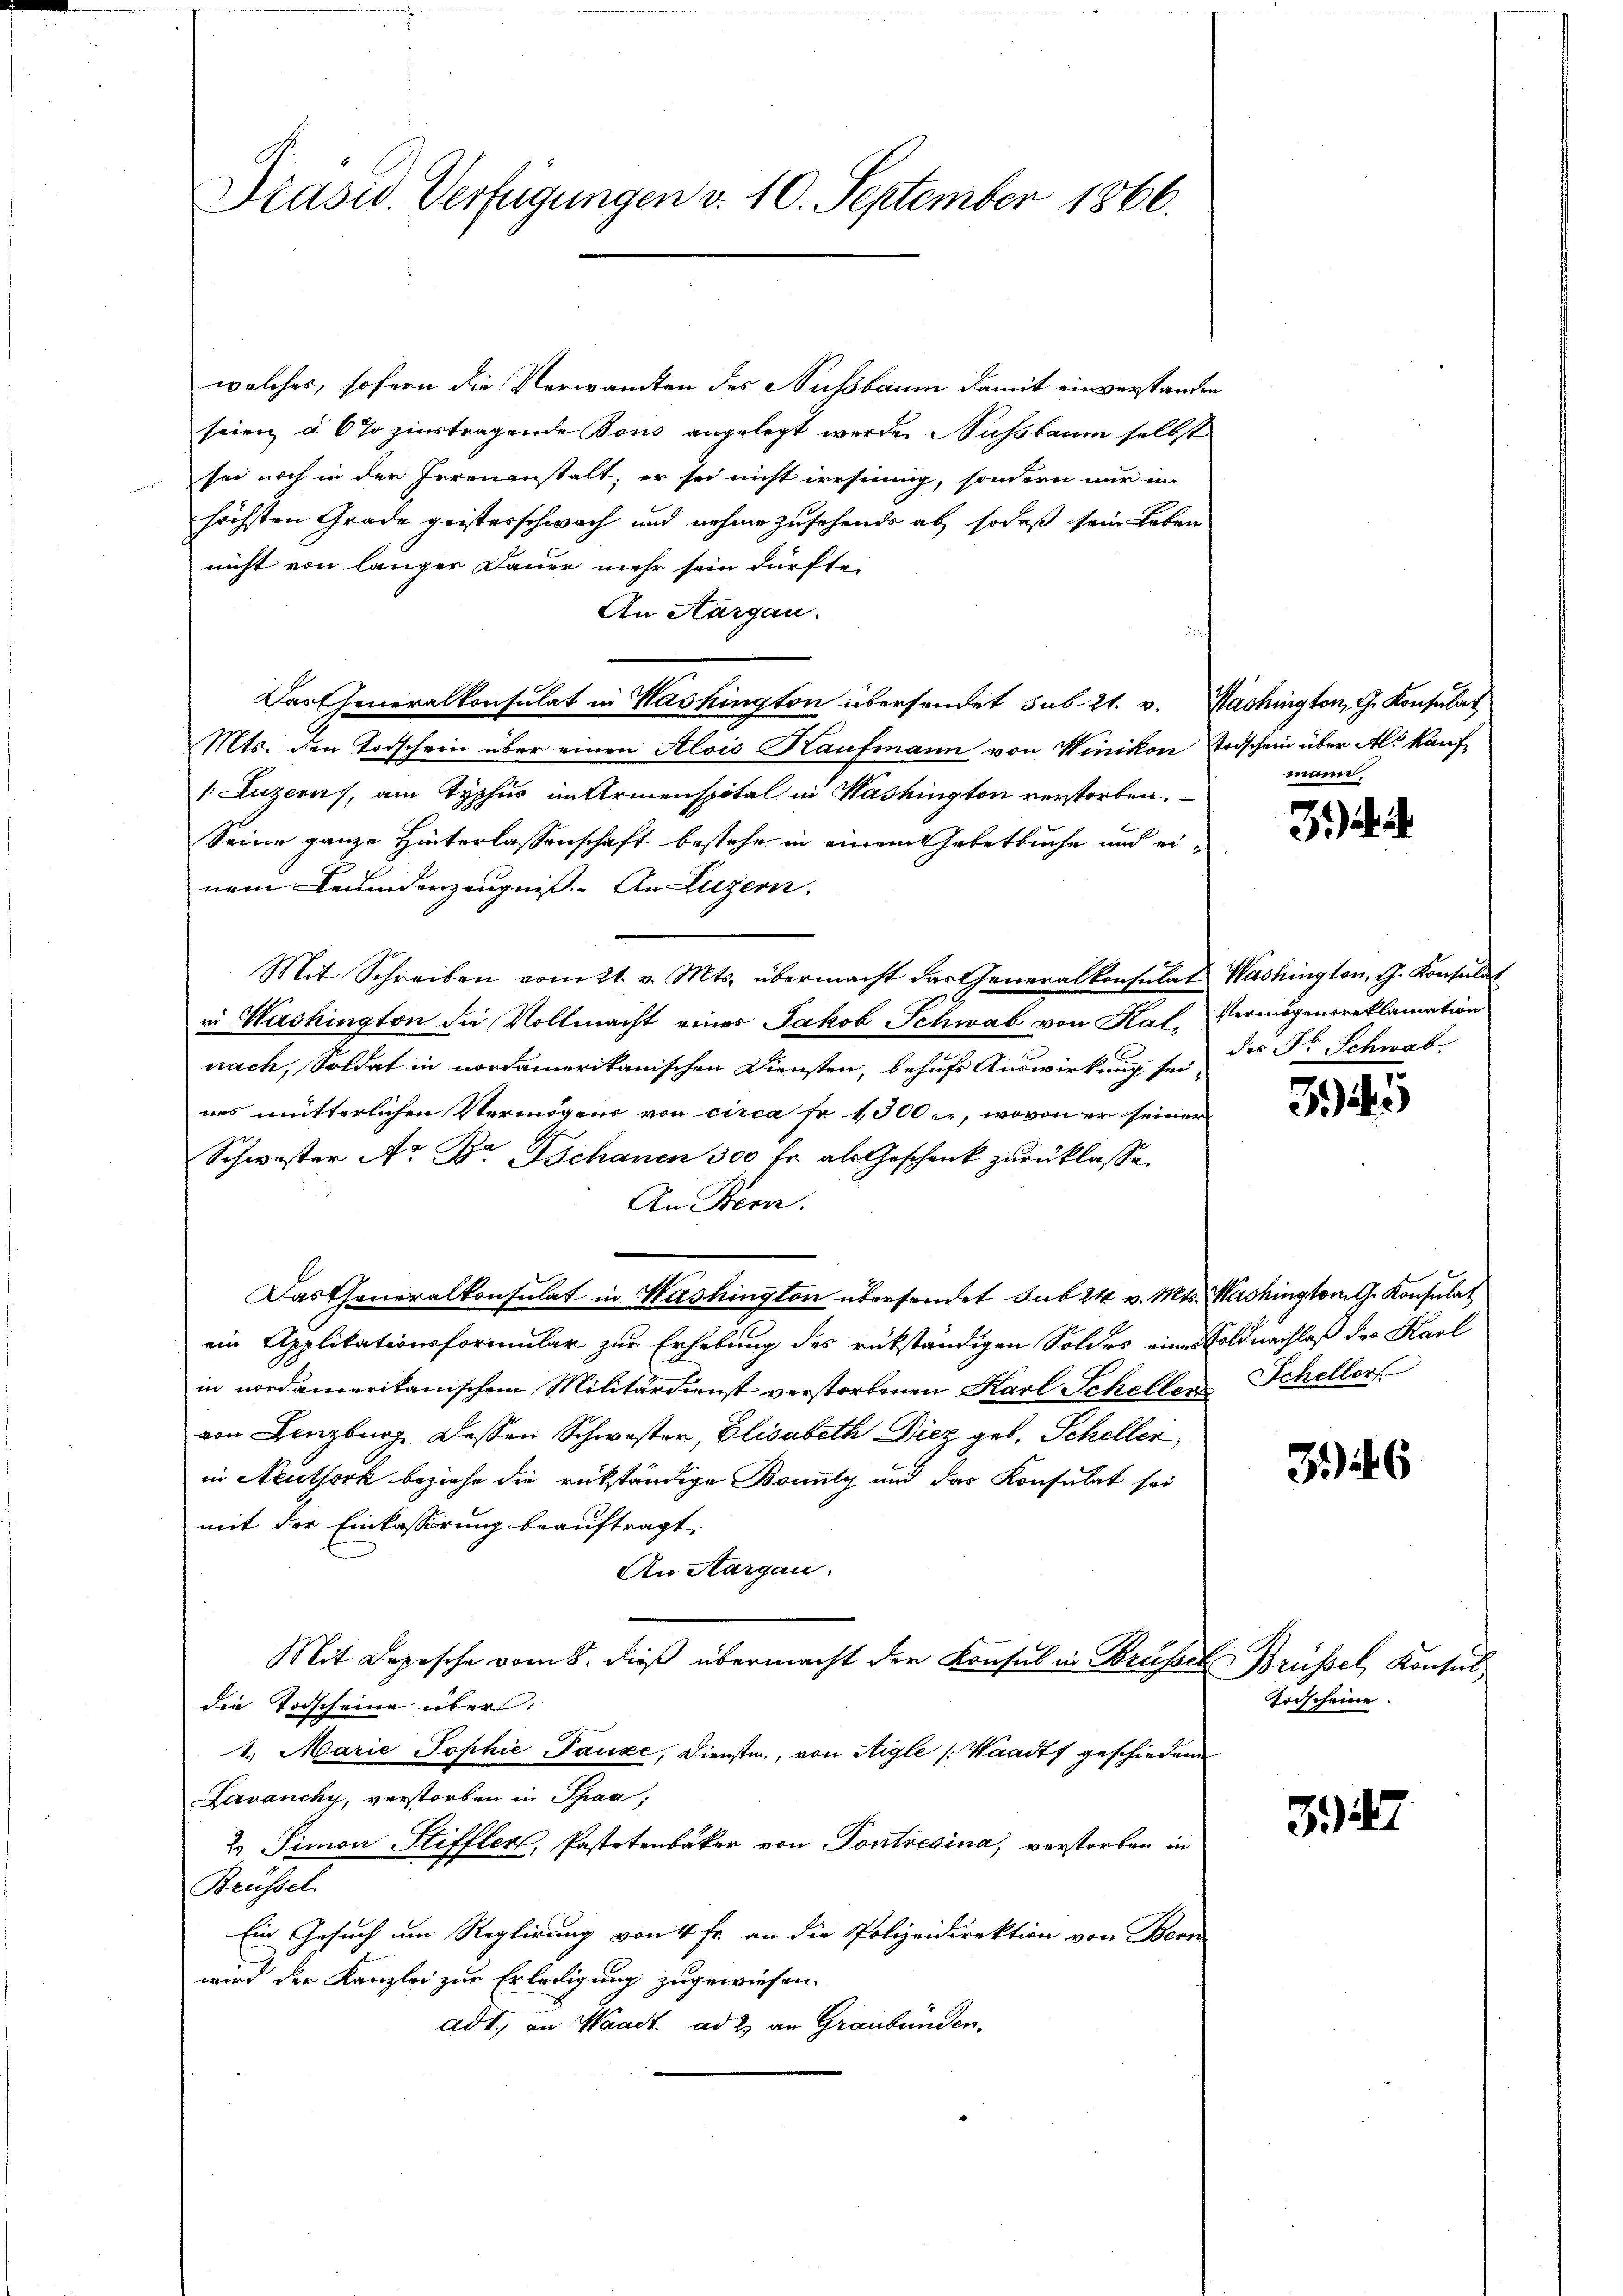
Präsid. Verfügungen v. 10. September 1866.

welches, sofern die Verwandten des Nussbaum damit einverstanden
seien à 6 % zinstragende Tous angelegt werde. Nachbaum selbst
sei noch in der Irrenanstalt, er sei nicht irrsinnig, sondern nur im
höchsten Grade geisterschwach und nahme zusehende ab, sodaß sein Leben
nicht von länger Dauer mehr sein dürfte.
An Aargau.
Das Generalkonsulat in Washington übersendet sub 21. v. Nachington, G. Konsulat
Mts. den Todschein über einen Alois Kaufmann von Winikon Todschein über Al. Kauf¬
(Luzern, am Typhus in Armenspital in Washington verstorben
Seine ganze Hinterlassenschaft bestehe in einem Gebetbuche und einem Fremdenzeugniß. An Luzern.
Mit Schreiben vom 21. v. Mts. übermacht das Generalkonsulat Washington, G. Konsulat
in Washington die Vollmacht eines Jakob Schwab von Kal, Vermögensreklamation
nach, Soldat in nordamerikanischen Diensten, behufs Auswirkung sei des Dr. Schwab
nes mütterlichen Vermögens von circa Fr. 1300 l., wovon er seiner
Schwester A. Br. Schanen 300 fr. als Geschenk zurücklasse.
An Bern.
Das Generalkonsulat in Washington übersendet sub 24 v. Mts. Washington G. Konsulat
ein Applikationsformular zur Erhebung des rükständigen Soldes eines Soldnachlaß der Karl
in nordameritanischem Militärdienst verstorbenen Karl Schellen Scheller
von Lenzburg dessen Schwester, Elisabeth Diez geb. Scheller,
in Neuthork beziehe die rückständige Bounty und das Konsulat sei
mit der Einkasserung beauftragt.
An Aargau.
Mit Depesche vom 8. dieß übermacht der Konsul in Brusel Brüssel, Konsul
die Todscheine über:
1. Marie Sophie Tauxe, Dienste, von Aigle (Waadt geschiedene
Lavancky, verstorben in Spaa
2. Simon Stiffler, Pastetenbaker von Pontresina, verstorben in
Brüssel
Ein Gesuch um Reglirung von 4 fr. an die Polizeidirektion von Bern
wird der Kanzlei zur Erledigung zugewiesen.
adt, in Waadt. ad 2. an Graubünden.

mann.

3).

345

36

Toischeine

3